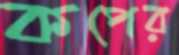
কপের